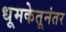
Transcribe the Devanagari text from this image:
धूमकेतूनंतर